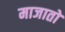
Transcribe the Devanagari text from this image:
माजातो